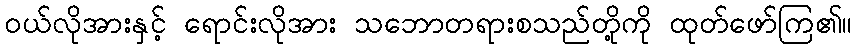
ဝယ်လိုအားနှင့် ရောင်းလိုအား သဘောတရားစသည်တို့ကို ထုတ်ဖော်ကြ၏။